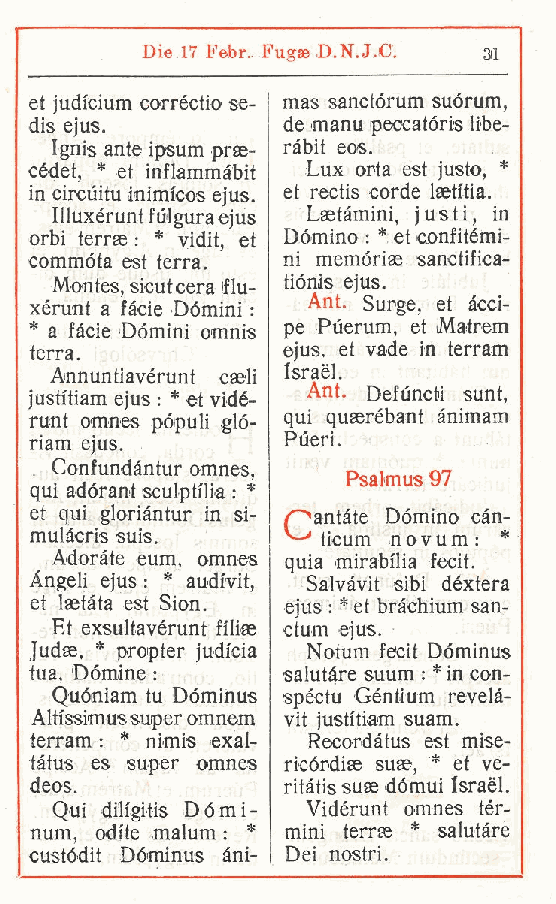
Die 17 Febr. Fug» D.N.J.C. 31
 et judicium corréctio se- mas sanctórum suórum,
 dis ejus.        de manu peccatóris libe-
 Ignis ante ipsum prse- ràbit eos.
 cédet, * et inflammàbit Lux orla est justo, *
 in circuiti! inimfcos ejus et rectis corde laetitia.
 Illuxérunt fulgura ejus. Lsetàmini justi, in
 ,
 orbi terras : * vidit et Dòmino : * et confitémi-
 commóta est terra , ni memórise sanctifica-
 .
 Montes sicutcera flu- tiònis ejus.
 xerunt a , fàcie Dòmini : Ant. Surge et Reci-
 ,
 * a fàcie Domini omnis pe Puerum, et IMatrem
 terra.           ejus, et vade in terram
 Annuntiavérunt caeli Israel.
 Ant. Defuncti sunt
 justftiam ejus : * et vidé-
 ,
 runt omnes pópuli gló- qui quaerébant ànimam
 riam ejus.       Pueri.
 Confundàntur omnes
 ,     Psalmus 97
 qui adórant sculptilia : *
 et qui gloriàntur in si- Òianóte Dòmino càn-
 mulàcris suis      ticum n o v u m *
 .                    :
 Adorate eum, omnes quia mirabilia fecit.
 Angeli ejus : * audivit Salvàvit sibi déxtera
 ,
 et Isetata est Sion. ejus : * et bràchium san-
 Et exsultavérunt fi'liae ctum ejus.
 Judse. * propter judicia Notum fecit Dóminus
 tua, Dòmine :    salutare suum : * in con-
 Quóniam tu Dóminus spéctu Géntium revelà-
 Altissimus super omnem vit justitiam suam.
 terram : * nimis exal- Recordàtus est mise-
 tàtus es super omnes ricórdiae suae, * et ve-
 deos.            ritàtis suae dòmui Israel.
 Qui dilfgitis Dòmi- Vidérunt omnes tèr-
 num, odile malum : * mini terras * salutare
 custódit Dóminus ani- Dei nostri.
 t